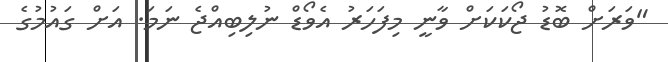
"ވަރަށް ބޮޑު ޖޯކަކަށް ވާނީ މިފަހަރު އެވޯޑް ނުލިބިއްޖެ ނަމަ. އަށް ގައުމުގެ